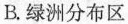
B.绿洲分布区